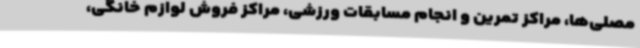
مصلی‌ها، مراکز تمرین و انجام مسابقات ورزشی، مراکز فروش لوازم خانگی،